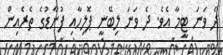
ދެ ވަނަ ޓީމާ އެވެ. ދެ ވަނަ ލިބޭނީ ޕޮލިހާއި ފުނާޑުގެ ތެރެއިން